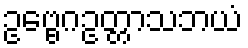
ဥဗ္ဗေဂဥတ္တာသဘယံ